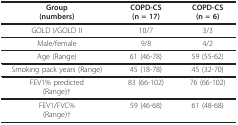
| Group(numbers) | COPD-CS(n = 17) | COPD-CS(n = 6) |
 | --- | --- | --- |
 | GOLD I/GOLD II | 10/7 | 3/3 |
 | Male/female | 9/8 | 4/2 |
 | Age (Range) | 61 (46-78) | 59 (55-62) |
 | Smoking pack years (Range) | 45 (18-78) | 45 (32-70) |
 | FEV1% predicted(Range)† | 83 (66-102) | 76 (66-102) |
 | FEV1/FVC%(Range)† | 59 (46-68) | 61 (48-68) |